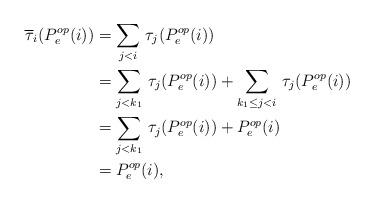
LaTeX: \begin{align*}\overline{\tau}_i(P^{op}_e(i))&=\sum_{j<i}\,\tau_j(P^{op}_e(i))\\ &= \sum_{j<k_1}\,\tau_j(P^{op}_e(i))+\sum_{k_1\leq j<i}\,\tau_j(P^{op}_e(i))\\ &=\sum_{j<k_1}\,\tau_j(P^{op}_e(i))+P^{op}_e(i)\\ &=P^{op}_e(i),\end{align*}